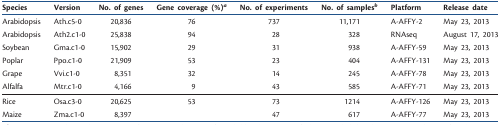
| Species | Version | No. of genes | Gene coverage (%)a | No. of experiments | No. of samplesb | Platform | Release date |
 | --- | --- | --- | --- | --- | --- | --- | --- |
 | Arabidopsis | Ath.c5-0 | 20,836 | 76 | 737 | 11,171 | A-AFFY-2 | May 23, 2013 |
 | Arabidopsis | Ath2.c1-0 | 25,838 | 94 | 28 | 328 | RNAseq | August 17, 2013 |
 | Soybean | Gma.c1-0 | 15,902 | 29 | 31 | 938 | A-AFFY-59 | May 23, 2013 |
 | Poplar | Ppo.c1-0 | 21,909 | 53 | 23 | 404 | A-AFFY-131 | May 23, 2013 |
 | Grape | Vvi.c1-0 | 8,351 | 32 | 14 | 245 | A-AFFY-78 | May 23, 2013 |
 | Alfalfa | Mtr.c1-0 | 4,166 | 9 | 43 | 585 | A-AFFY-71 | May 23, 2013 |
 | Rice | Osa.c3-0 | 20,625 | 53 | 73 | 1214 | A-AFFY-126 | May 23, 2013 |
 | Maize | Zma.c1-0 | 8,397 |  | 47 | 617 | A-AFFY-77 | May 23, 2013 |